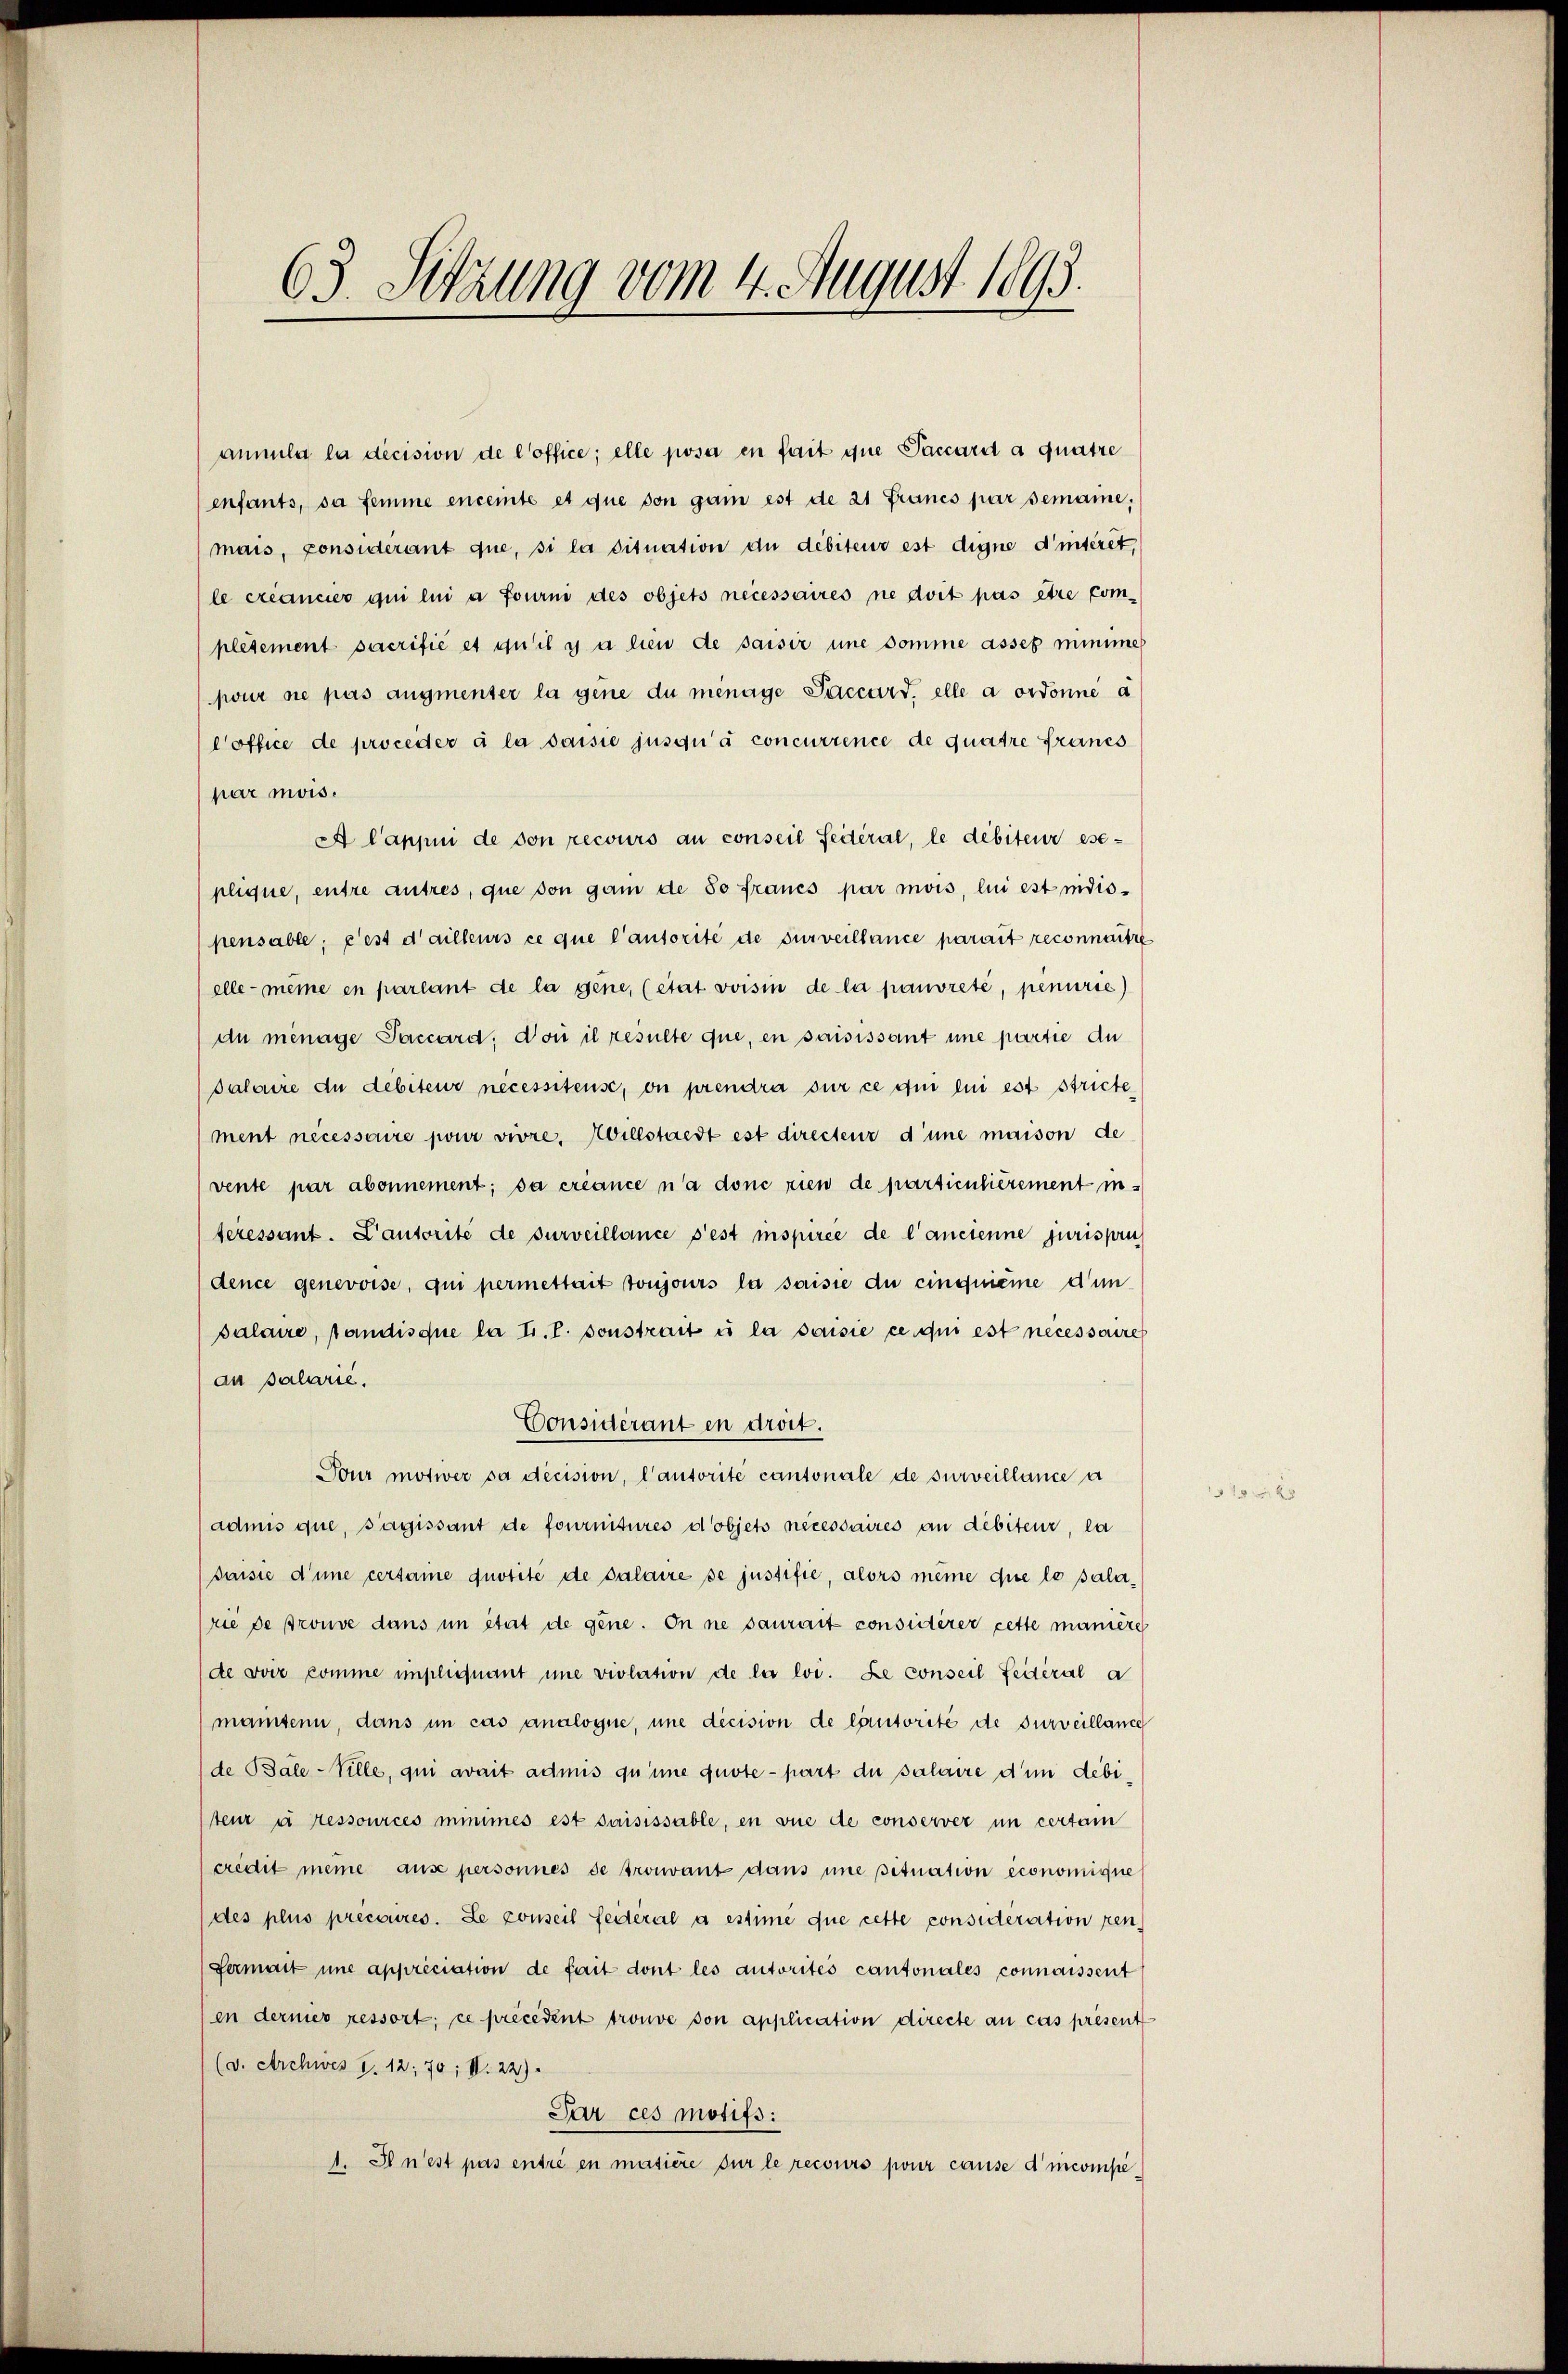
annula la decision de l’office; elle posa en fait que Saccard a quatre
enfants, sa femme enceinte et que von ganz est de 21 Francs par semaine;
mais, considérant que, si la dituation du débiteur est digne d’intérêt,
le créancier qui lui à fourni des objets necessaires ne doit pas etce com-
plésement sacrifié et qu’il y a lieu de saisir une somme asses minime
pour sie pas augmenter la gene du ménage Paccard, elle a ordonne a
Coffice de proceder à la saisie jusqu’à concurrence de quatre francs
par mois.
A Cappui de von recours au conseil Seiteral, le débiteur ese-
plique, entre autres, que von ganz de so francs par mois, lui est nidis-
pensable; c’est d’ailleurs ce que l’autorité de surveillance parait reconnaitre
elle - meine en partant de la gene, (etat voisin de la pauvrete, penurie)
du ménage Paccard. Von il resulte que, en saisissant une partie du
Palaire du débiteur necessitense, on prendra sur ce qui lui est stricte
ment necessaire pour viere. Willstadt est directeur d’une maison de
vente par abonnement; da créance n’a donc rien de particulièrement in
teressant. Cantorité de surveillance s’est inspiree de l’ancienne jurispru
dence genevoise, qui permettait toujours la saisie du einquième d’un
salaire, standisque la tr. T. sonstrait es la saisie ce qui est necessaire
an Palarie.
Considerant en droit.
Pour motiver sa decision, l’autorité cantonale de surveillance a
admis que, sagissant de fournitures d’objets nécessaires an debiteur, la
Jaisie d’une cersame quotité de Palaire se justifie, alors même die le salarie de prouve dans un état de gene. In ne saurait considérer cette manière
de voir comme impliquant une violation de la loi. Le conseil Seiteral a
manisen, dans in cas analogne, une decision de lautorité de surveillance
de Bale-Ville, qui avait admis quine guote-part du Palaire dum debiteur à sessources inmimes est saisissable, en vue de conserver un certai
credit meine ause personnes de trouvant dans une situation économigne
des plus précaires. Le conseil feiteral à estime que cette consideration ren
Hermatt une appréciation de fait dont les autorités cantonales connaissent
en derner ressort, ce précédent trouve von application directe an cas présent
(v. Archives I. 12; 70; V. 22).
Par ces motifs:
1. Il n’est pas entré en matière sur le recours pour cause d’incompe¬

E
33. Sitzung vom 4. August 1893.